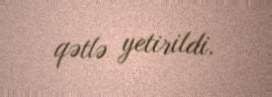
qətlə yetirildi.